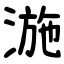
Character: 湤